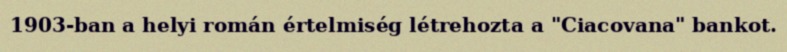
1903-ban a helyi román értelmiség létrehozta a "Ciacovana" bankot.